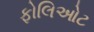
ફોલિઓટ